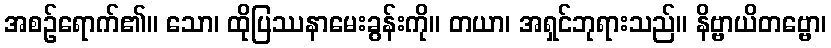
အစဉ်ရောက်၏။ သော၊ ထိုပြဿနာမေးခွန်းကို။ တယာ၊ အရှင်ဘုရားသည်။ နိဗ္ဗာယိတဗ္ဗော၊